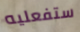
ستفعليه